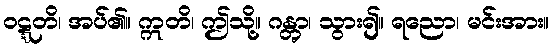
ဝဋ္ဋတိ၊ အပ်၏။ ဣတိ၊ ဤသို့။ ဂန္တွာ၊ သွား၍။ ရညော၊ မင်းအား။